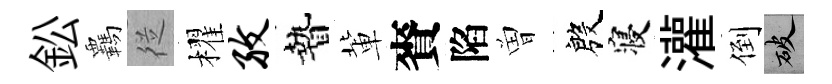
鈆覊従櫂孜贄軰賚陷曽殷寝灌倒破